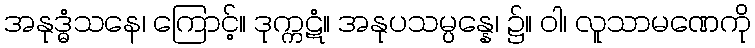
အနုဒ္ဓံသနေ၊ ကြောင့်။ ဒုက္ကဋံ။ အနုပသမ္ပန္နေ၊ ၌။ ဝါ၊ လူသာမဏေကို